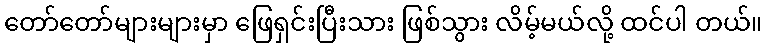
တော်တော်များများမှာ ဖြေရှင်းပြီးသား ဖြစ်သွား လိမ့်မယ်လို့ ထင်ပါ တယ်။